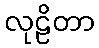
လုဠိတာ